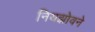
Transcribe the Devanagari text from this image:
नियझोवने